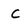
Character: C